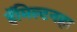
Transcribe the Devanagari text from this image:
हॅमिल्टनहा